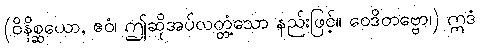
(ဝိနိစ္ဆယော, ဧဝံ၊ ဤဆိုအပ်လတ္တံ့သော နည်းဖြင့်။ ဝေဒိတဗ္ဗော၊) ဣဒံ